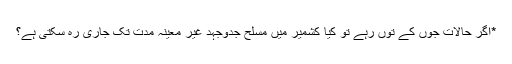
*اگر حالات جوں کے توں رہے تو کیا کشمیر میں مسلح جدوجہد غیر معینہ مدت تک جاری رہ سکتی ہے؟